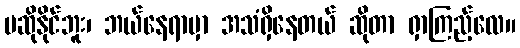
မဆိုနိုင်ဘူး၊ ဘယ်နေရာမှာ အသံရှိနေတယ် ဆိုတာ ရှာကြည့်လေ။